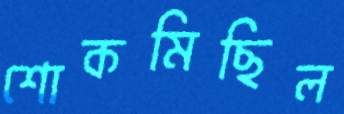
শোকমিছিল